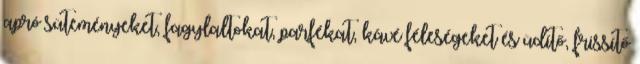
apró süteményeket, fagylaltokat, parfékat, kávé féleségeket és üdítő, frissítő